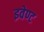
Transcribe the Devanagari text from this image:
इवेण्ट